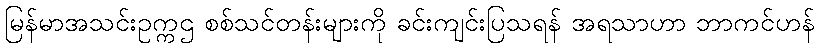
မြန်မာအသင်းဥက္ကဌ စစ်သင်တန်းများကို ခင်းကျင်းပြသရန် အရသာဟာ ဘာကင်ဟန်